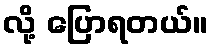
လို့ ပြောရတယ်။